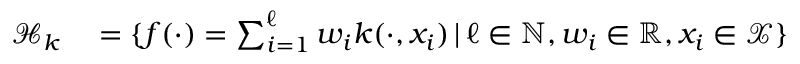
\begin{array} { r l } { \mathcal H _ { k } } & { { } = \{ f ( \cdot ) = \sum _ { i = 1 } ^ { \ell } w _ { i } k ( \cdot , x _ { i } ) \, | \, \ell \in \mathbb N , w _ { i } \in \mathbb R , x _ { i } \in \mathcal X \} } \end{array}